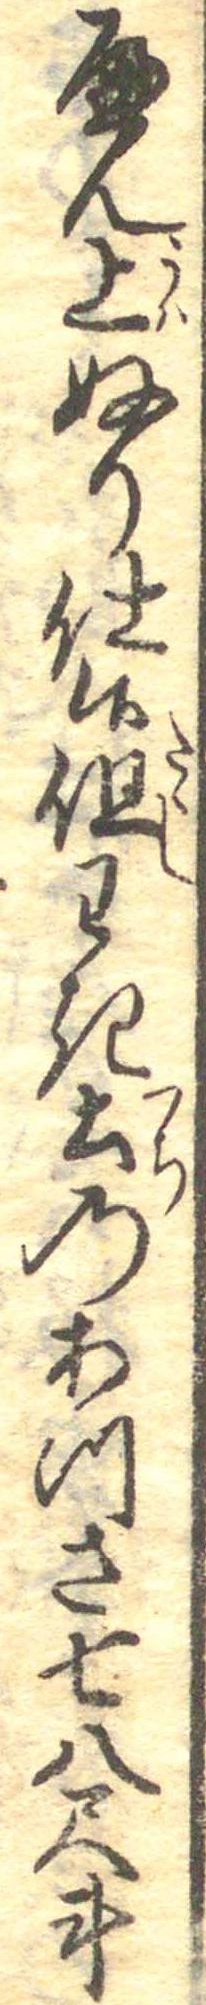
へん上ぬり仕候但わき土のあつさ七八尺斗